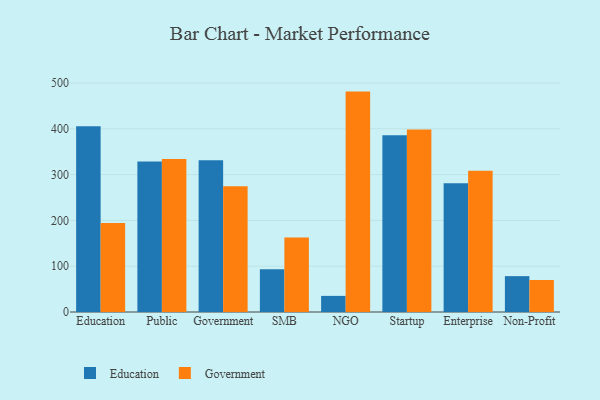
{"axis": {"x": "Segment", "y": "Net Income (USD K)"}, "legend": ["Education", "Government"], "data": [{"x": "Education", "y": 405.4, "type": "Education"}, {"x": "Education", "y": 194.6, "type": "Government"}, {"x": "Public", "y": 328.7, "type": "Education"}, {"x": "Public", "y": 334.1, "type": "Government"}, {"x": "Government", "y": 331.6, "type": "Education"}, {"x": "Government", "y": 274.8, "type": "Government"}, {"x": "SMB", "y": 93.1, "type": "Education"}, {"x": "SMB", "y": 162.8, "type": "Government"}, {"x": "NGO", "y": 35.2, "type": "Education"}, {"x": "NGO", "y": 481.3, "type": "Government"}, {"x": "Startup", "y": 385.9, "type": "Education"}, {"x": "Startup", "y": 398.4, "type": "Government"}, {"x": "Enterprise", "y": 281.3, "type": "Education"}, {"x": "Enterprise", "y": 308.4, "type": "Government"}, {"x": "Non-Profit", "y": 78.3, "type": "Education"}, {"x": "Non-Profit", "y": 69.9, "type": "Government"}]}